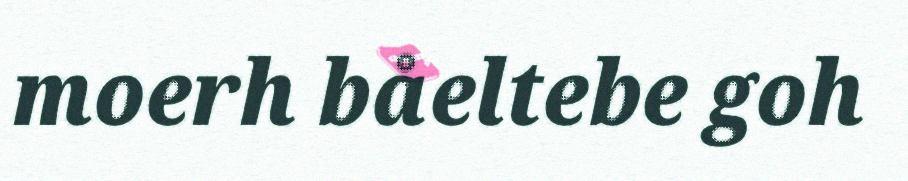
moerh båeltebe goh